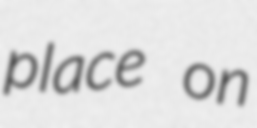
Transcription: place on